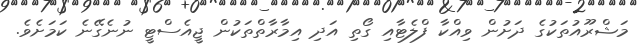
މަޝްރޫއުތަކުގެ ދަށުން ވިއްކާ ފްލެޓާއި ގޯތި އަދި އިމާރާތްތަކުން ޖީއެސްޓީ ނުނެގޭނެ ކަމަށެވެ.